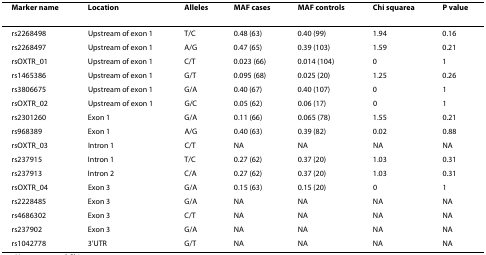
<table><thead><tr><td><b>Marker name</b></td><td><b>Location</b></td><td><b>Alleles</b></td><td><b>MAF cases</b></td><td><b>MAF controls</b></td><td><b>Chi squarea</b></td><td><b>P value</b></td></tr></thead><tbody><tr><td>rs2268498</td><td>Upstream of exon 1</td><td>T/C</td><td>0.48 (63)</td><td>0.40 (99)</td><td>1.94</td><td>0.16</td></tr><tr><td>rs2268497</td><td>Upstream of exon 1</td><td>A/G</td><td>0.47 (65)</td><td>0.39 (103)</td><td>1.59</td><td>0.21</td></tr><tr><td>rsOXTR_01</td><td>Upstream of exon 1</td><td>C/T</td><td>0.023 (66)</td><td>0.014 (104)</td><td>0</td><td>1</td></tr><tr><td>rs1465386</td><td>Upstream of exon 1</td><td>G/T</td><td>0.095 (68)</td><td>0.025 (20)</td><td>1.25</td><td>0.26</td></tr><tr><td>rs3806675</td><td>Upstream of exon 1</td><td>G/A</td><td>0.40 (67)</td><td>0.40 (107)</td><td>0</td><td>1</td></tr><tr><td>rsOXTR_02</td><td>Upstream of exon 1</td><td>G/C</td><td>0.05 (62)</td><td>0.06 (17)</td><td>0</td><td>1</td></tr><tr><td>rs2301260</td><td>Exon 1</td><td>G/A</td><td>0.11 (66)</td><td>0.065 (78)</td><td>1.55</td><td>0.21</td></tr><tr><td>rs968389</td><td>Exon 1</td><td>A/G</td><td>0.40 (63)</td><td>0.39 (82)</td><td>0.02</td><td>0.88</td></tr><tr><td>rsOXTR_03</td><td>Intron 1</td><td>C/T</td><td>NA</td><td>NA</td><td>NA</td><td>NA</td></tr><tr><td>rs237915</td><td>Intron 1</td><td>T/C</td><td>0.27 (62)</td><td>0.37 (20)</td><td>1.03</td><td>0.31</td></tr><tr><td>rs237913</td><td>Intron 2</td><td>C/A</td><td>0.27 (62)</td><td>0.37 (20)</td><td>1.03</td><td>0.31</td></tr><tr><td>rsOXTR_04</td><td>Exon 3</td><td>G/A</td><td>0.15 (63)</td><td>0.15 (20)</td><td>0</td><td>1</td></tr><tr><td>rs2228485</td><td>Exon 3</td><td>G/A</td><td>NA</td><td>NA</td><td>NA</td><td>NA</td></tr><tr><td>rs4686302</td><td>Exon 3</td><td>C/T</td><td>NA</td><td>NA</td><td>NA</td><td>NA</td></tr><tr><td>rs237902</td><td>Exon 3</td><td>G/A</td><td>NA</td><td>NA</td><td>NA</td><td>NA</td></tr><tr><td>rs1042778</td><td>3&#x27;UTR</td><td>G/T</td><td>NA</td><td>NA</td><td>NA</td><td>NA</td></tr></tbody></table>